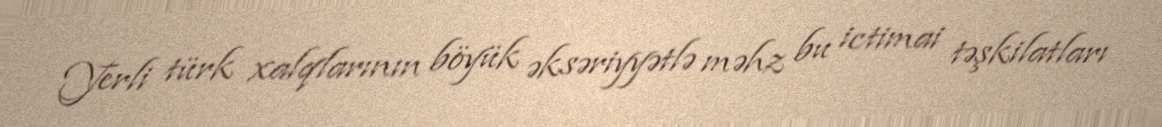
Yerli türk xalqlarının böyük əksəriyyətlə məhz bu ictimai təşkilatları